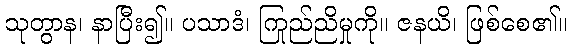
သုတွာန၊ နာပြီး၍။ ပသာဒံ၊ ကြည်ညိုမှုကို။ ဇနယိ၊ ဖြစ်စေ၏။